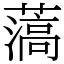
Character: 薃